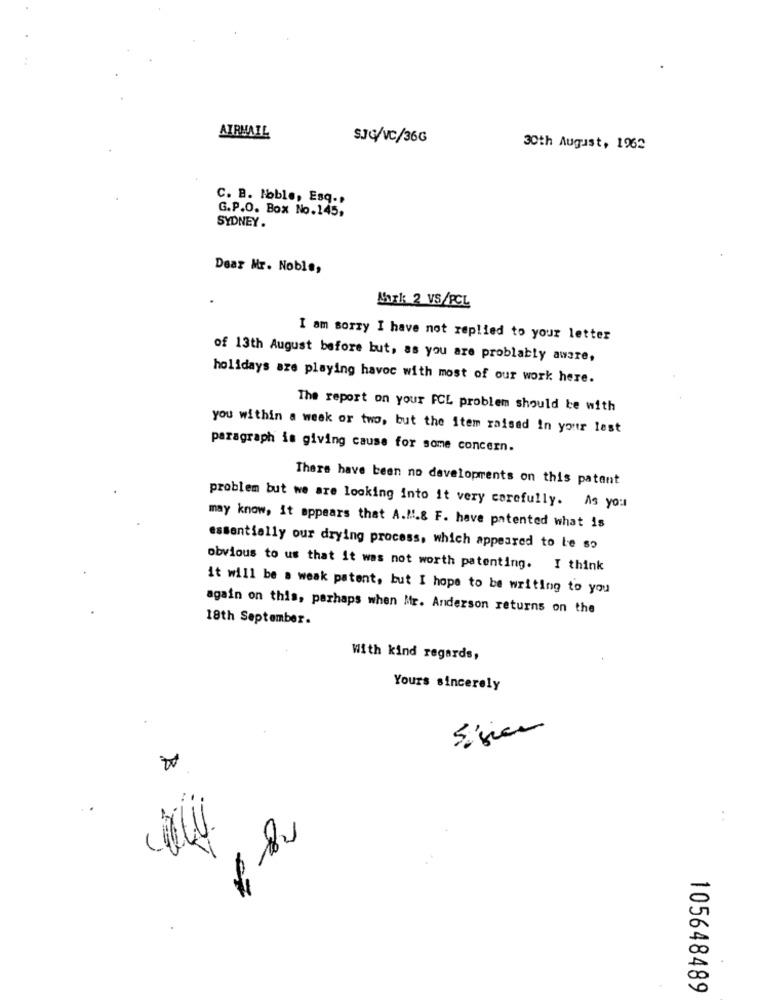
AIRMAIL
SJG/VC/36G
30th August, 1962
C. B. Hoble, Esq .,
G.P.O. Box No.145,
SYDNEY.
Dear Mr. Noble,
Mark 2 VS/RCL
I am sorry I have not replied to your letter
of 13th August before but, as you are problably aware,
holidays are playing havoc with most of our work here.
The report on your FCL problem should be with
you within a week or two, but the Item raised in your lest
paragraph is giving cause for some concern.
There have been no developments on this patant
problem but we are looking into it very carefully. As you
may know, it appears that A.M.& F. have patented what is
essentially our drying process, which appeared to Le so
obvious to us that it was not worth patenting. I think
it will be a weak patent, but I hope to be writing to you
again on this, perhaps when Mr. Anderson returns on the
18th September.
With kind regards,
Yours sincerely
Sigue
105648489